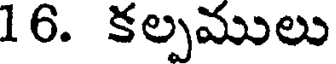
16. కల్పములు